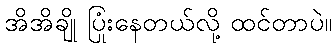
အိအိချို ပြုံးနေတယ်လို့ ထင်တာပဲ။